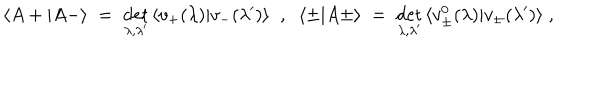
LaTeX: \langle A + | A - \rangle \; = \; \det _ { \lambda , \lambda ^ { \prime } } \, \langle v _ { + } ( \lambda ) | v _ { - } ( \lambda ^ { \prime } ) \rangle \; \; , \; \; \langle \pm | A \pm \rangle \; = \; \det _ { \lambda , \lambda ^ { \prime } } \, \langle v _ { \pm } ^ { 0 } ( \lambda ) | v _ { \pm } ( \lambda ^ { \prime } ) \rangle \; ,